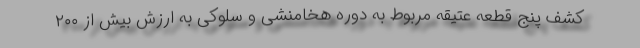
کشف پنج قطعه عتیقه مربوط به دوره هخامنشی و سلوکی به ارزش بیش از ۲۰۰